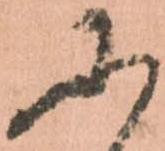
に